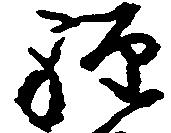
経